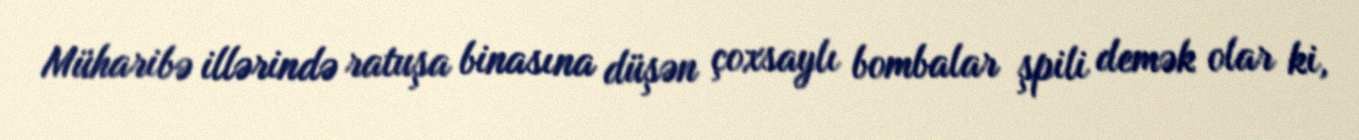
Müharibə illərində ratuşa binasına düşən çoxsaylı bombalar şpili demək olar ki,